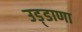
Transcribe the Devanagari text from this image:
उड़्डाणा